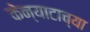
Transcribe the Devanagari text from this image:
केन्याटाच्या